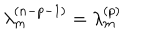
\lambda _ { m } ^ { ( n - p - 1 ) } = \lambda _ { m } ^ { ( p ) }